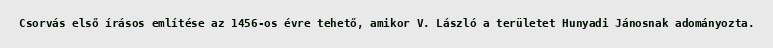
Csorvás első írásos említése az 1456-os évre tehető, amikor V. László a területet Hunyadi Jánosnak adományozta.